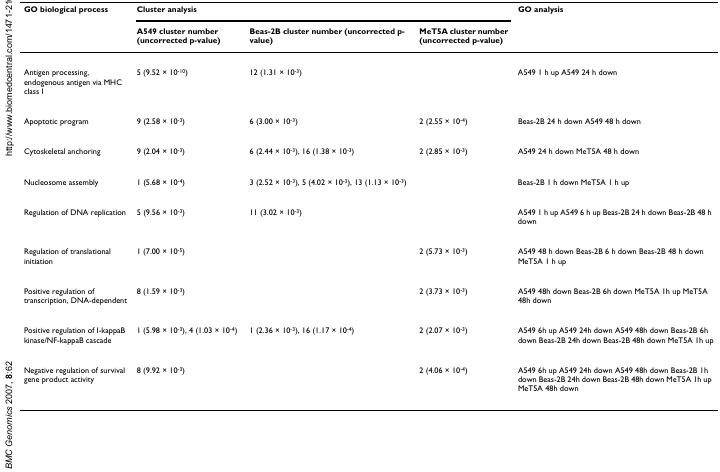
<table><thead><tr><td><b>GO biological process</b></td><td colspan="3"><b>Cluster analysis</b></td><td><b>GO analysis</b></td></tr><tr><td></td><td><b>A549 cluster number (uncorrected p-value)</b></td><td><b>Beas-2B cluster number (uncorrected p-value)</b></td><td><b>MeT5A cluster number (uncorrected p-value)</b></td><td></td></tr></thead><tbody><tr><td>Antigen processing, endogenous antigen via MHC class I</td><td>5 (9.52 × 10<sup>-10</sup>)</td><td>12 (1.31 × 10<sup>-3</sup>)</td><td></td><td>A549 1 h up A549 24 h down</td></tr><tr><td>Apoptotic program</td><td>9 (2.58 × 10<sup>-3</sup>)</td><td>6 (3.00 × 10<sup>-3</sup>)</td><td>2 (2.55 × 10<sup>-4</sup>)</td><td>Beas-2B 24 h down A549 48 h down</td></tr><tr><td>Cytoskeletal anchoring</td><td>9 (2.04 × 10<sup>-3</sup>)</td><td>6 (2.44 × 10<sup>-3</sup>), 16 (1.38 × 10<sup>-3</sup>)</td><td>2 (2.85 × 10<sup>-3</sup>)</td><td>A549 24 h down MeT5A 48 h down</td></tr><tr><td>Nucleosome assembly</td><td>1 (5.68 × 10<sup>-4</sup>)</td><td>3 (2.52 × 10<sup>-3</sup>), 5 (4.02 × 10<sup>-3</sup>), 13 (1.13 × 10<sup>-3</sup>)</td><td></td><td>Beas-2B 1 h down MeT5A 1 h up</td></tr><tr><td>Regulation of DNA replication</td><td>5 (9.56 × 10<sup>-3</sup>)</td><td>11 (3.02 × 10<sup>-3</sup>)</td><td></td><td>A549 1 h up A549 6 h up Beas-2B 24 h down Beas-2B 48 h down</td></tr><tr><td>Regulation of translational initiation</td><td>1 (7.00 × 10<sup>-5</sup>)</td><td></td><td>2 (5.73 × 10<sup>-3</sup>)</td><td>A549 48 h down Beas-2B 6 h down Beas-2B 48 h down MeT5A 1 h up</td></tr><tr><td>Positive regulation of transcription, DNA-dependent</td><td>8 (1.59 × 10<sup>-3</sup>)</td><td></td><td>2 (3.73 × 10<sup>-3</sup>)</td><td>A549 48h down Beas-2B 6h down MeT5A 1h up MeT5A 48h down</td></tr><tr><td>Positive regulation of I-kappaB kinase/NF-kappaB cascade</td><td>1 (5.98 × 10<sup>-3</sup>), 4 (1.03 × 10<sup>-4</sup>)</td><td>1 (2.36 × 10<sup>-3</sup>), 16 (1.17 × 10<sup>-4</sup>)</td><td>2 (2.07 × 10<sup>-3</sup>)</td><td>A549 6h up A549 24h down A549 48h down Beas-2B 6h down Beas-2B 24h down Beas-2B 48h down MeT5A 1h up</td></tr><tr><td>Negative regulation of survival gene product activity</td><td>8 (9.92 × 10<sup>-3</sup>)</td><td></td><td>2 (4.06 × 10<sup>-4</sup>)</td><td>A549 6h up A549 24h down A549 48h down Beas-2B 1h down Beas-2B 24h down Beas-2B 48h down MeT5A 1h up MeT5A 48h down</td></tr></tbody></table>